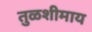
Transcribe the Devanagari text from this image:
तुळशीमाय